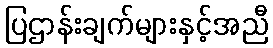
ပြဌာန်းချက်များနှင့်အညီ